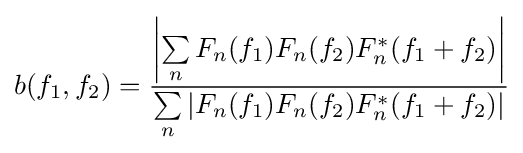
b(f_{1},f_{2})={\frac {\left|\sum \limits _{n}F_{n}(f_{1})F_{n}(f_{2})F_{n}^{*}(f_{1}+f_{2})\right|}{\sum \limits _{n}|F_{n}(f_{1})F_{n}(f_{2})F_{n}^{*}(f_{1}+f_{2})|}}